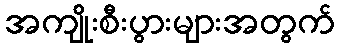
အကျိုးစီးပွားများအတွက်